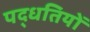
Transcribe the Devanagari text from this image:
पद्धतियोँ